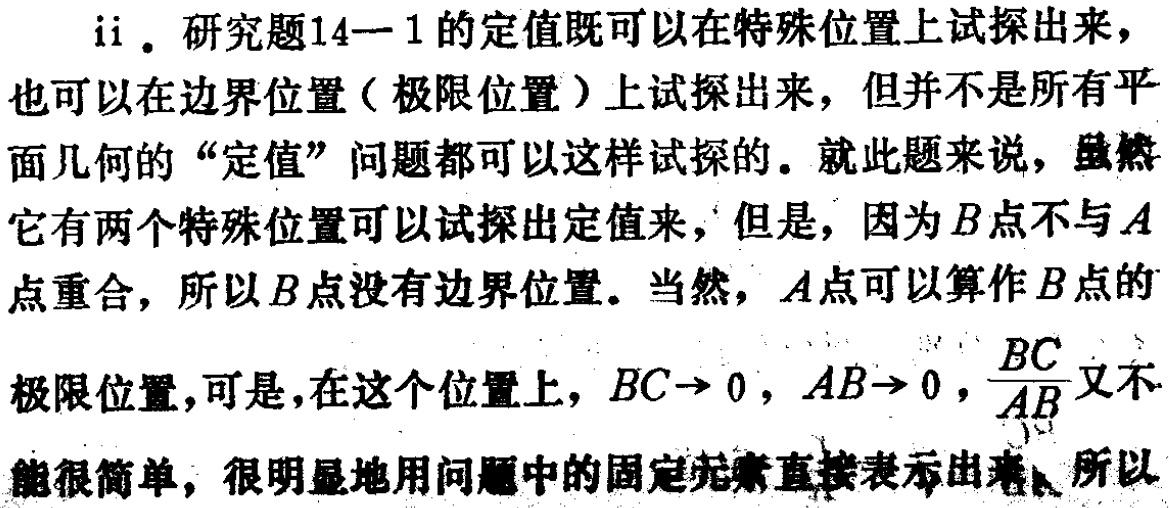
ii. 研究题14—1的定值既可以在特殊位置上试探出来，也可以在边界位置（极限位置）上试探出来，但并不是所有平面几何的“定值”问题都可以这样试探的。就此题来说，虽然它有两个特殊位置可以试探出定值来，但是，因为\(B\)点不与\(A\)点重合，所以\(B\)点没有边界位置。当然，\(A\)点可以算作\(B\)点的极限位置，可是，在这个位置上，\(BC\rightarrow 0\)，\(AB\rightarrow 0\)，\(\frac{BC}{AB}\)又不能很简单，很明显地用问题中的固定元素直接表示出来。所以